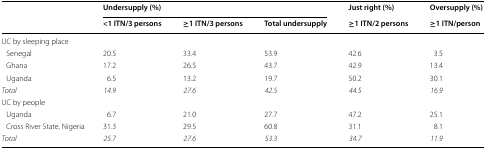
| <ROWSPAN=2>  | <COLSPAN=3> Undersupply (%) | Just right (%) | Oversupply (%) |
 | <1 ITN/3 persons | ≥1 ITN/3 persons | Total undersupply | ≥1 ITN/2 persons | ≥1 ITN/person |
 | --- | --- | --- | --- | --- | --- |
 | <COLSPAN=6> UC by sleeping place |
 | Senegal | 20.5 | 33.4 | 53.9 | 42.6 | 3.5 |
 | Ghana | 17.2 | 26.5 | 43.7 | 42.9 | 13.4 |
 | Uganda | 6.5 | 13.2 | 19.7 | 50.2 | 30.1 |
 | Total | 14.9 | 27.6 | 42.5 | 44.5 | 16.9 |
 | <COLSPAN=6> UC by people |
 | Uganda | 6.7 | 21.0 | 27.7 | 47.2 | 25.1 |
 | Cross River State, Nigeria | 31.3 | 29.5 | 60.8 | 31.1 | 8.1 |
 | Total | 25.7 | 27.6 | 53.3 | 34.7 | 11.9 |